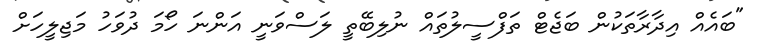
"ބައެއް އިދާރާތަކުން ބަޖެޓް ތަފްސީލުތައް ނުލިބޭތީ ލަސްވަނީ އަންނަ ހޯމަ ދުވަހު މަޖިލީހަށް